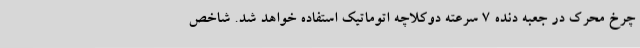
چرخ محرک در جعبه دنده 7 سرعته دوکلاچه اتوماتیک استفاده خواهد شد. شاخص